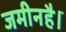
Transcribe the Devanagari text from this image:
जमीनहै।